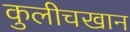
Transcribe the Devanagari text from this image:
कुलीचखान